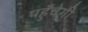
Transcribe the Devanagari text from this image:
पहुँचेगी